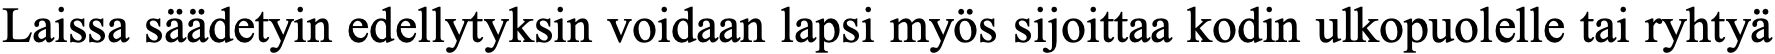
Laissa säädetyin edellytyksin voidaan lapsi myös sijoittaa kodin ulkopuolelle tai ryhtyä